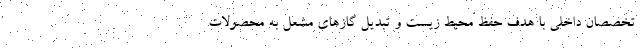
تخصصان داخلی با هدف حفظ محیط زیست و تبدیل گازهای مشعل به محصولات